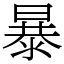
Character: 暴